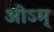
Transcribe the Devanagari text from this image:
ओऽम्‌